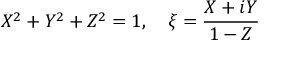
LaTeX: X ^ { 2 } + Y ^ { 2 } + Z ^ { 2 } = 1 , \quad \xi = { \frac { X + i Y } { 1 - Z } }